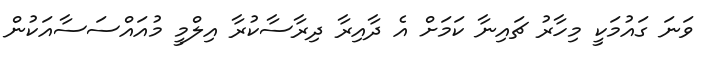
ވަނަ ގައުމަކީ މިހާރު ޗައިނާ ކަމަށް އެ ދާއިރާ ދިރާސާކުރާ އިލްމީ މުއައްސަސާއަކުން